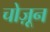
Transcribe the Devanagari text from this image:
चोज़ून